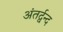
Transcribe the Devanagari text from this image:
अंतर्द्वन्द